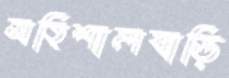
মহিশালবাড়ি